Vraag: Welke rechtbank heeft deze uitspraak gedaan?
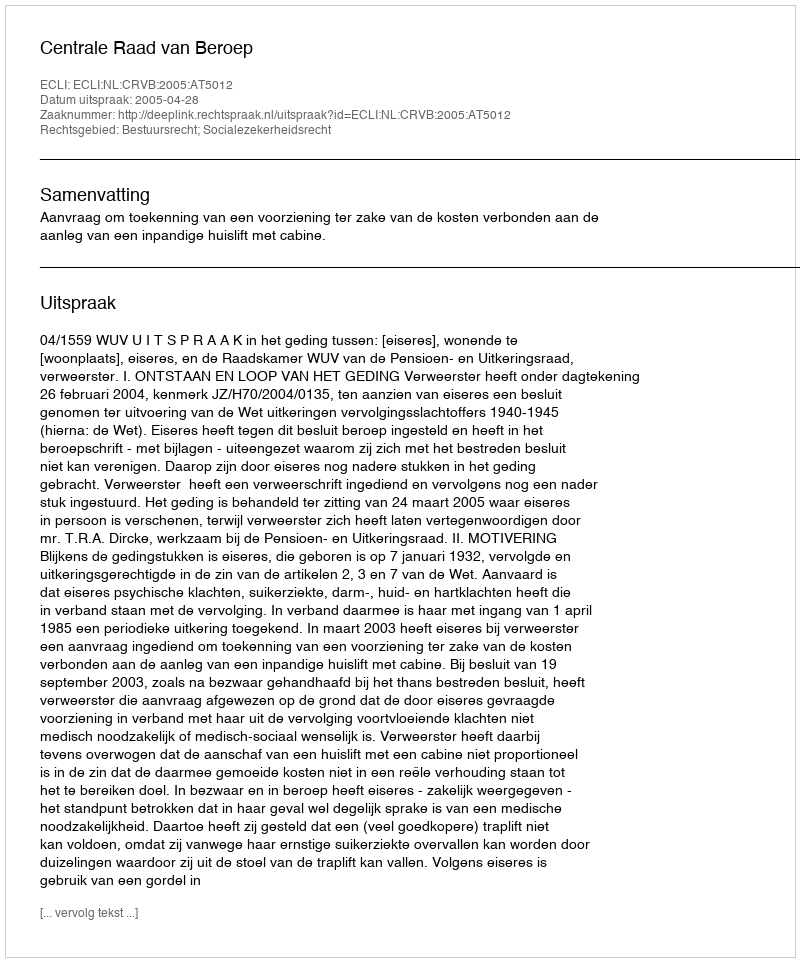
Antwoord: Centrale Raad van Beroep